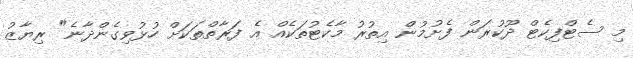
މި ސެޓްފިކެޓް ދޫކުރަން ފެށުމުން އިތުރު މާކެޓުތަކެއް އެ ފަރާތްތަކަށް ހުޅުވިގެންދާނެ" ރިޔާޒު